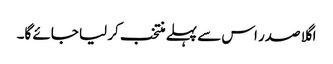
اگلا صدر اس سے پہلے منتخب کر لیا جائے گا۔